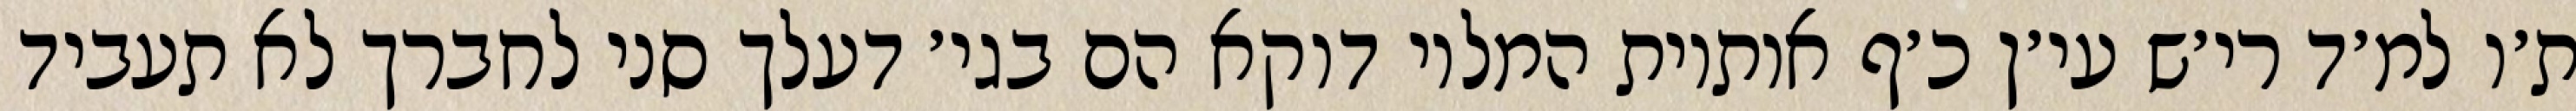
ת׳ו למ׳ד רי׳ש עי׳ן כ׳ף אותיות המלוי דוקא הם בגי׳ דעלך סני לחברך לא תעביד